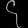
Digit: ၄